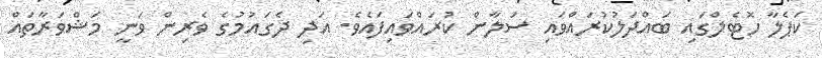
ކަޕެލާ ހޮޓެލްގައި ބައްދަލުކުރައްވައި ސަލާން ކުރައްވައިފައެވެ. އަދި ދެގައުމުގެ ވެރިން ވަނީ މަޝްވަރާތައް